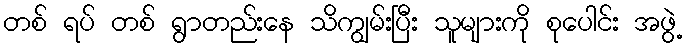
တစ် ရပ် တစ် ရွာတည်းနေ သိကျွမ်းပြီး သူများကို စုပေါင်း အဖွဲ့